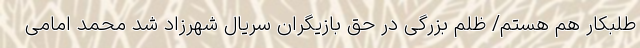
طلبکار هم هستم/ ظلم بزرگی در حق بازیگران سریال شهرزاد شد محمد امامی